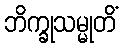
ဘိက္ခုသမ္မုတိံ